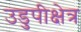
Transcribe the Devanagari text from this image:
उडुपीक्षेत्र